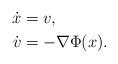
LaTeX: \begin{align*} \dot x &= v, \\\dot v &= - \nabla \Phi(x).\end{align*}